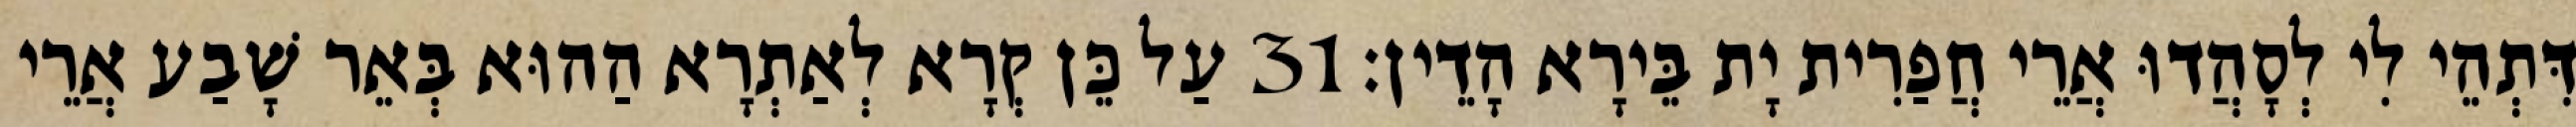
דִּתְהֵי לִי לְסָהֲדוּ אֲרֵי חֲפַרִית יָת בֵּירָא הָדֵין׃ 31 עַל כֵּן קְרָא לְאַתְרָא הַהוּא בְּאֵר שָׁבַע אֲרֵי